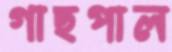
গাছপাল